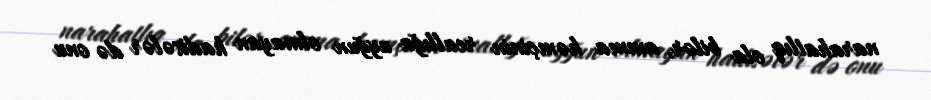
narahatlıq ola bilər, amma həmçinin reallığa uyğun olmayan hadisələr də onu